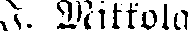
I. Mikkola